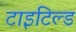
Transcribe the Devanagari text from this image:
टाइटिल्ड